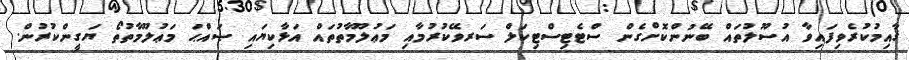
ޤާއިމުކުރެވިފައިވާ އުސޫލުތައް ބޭނުންކޮށްގެން ސްޓެޓިސްޓިކަލް ސަރވޭކުރުމާއި މަޢުލޫމާތުތައް އަޅާކިޔައި ޞައްޙަ މަޢުލޫމާތުތޯ ޔަގީންކުރުން.